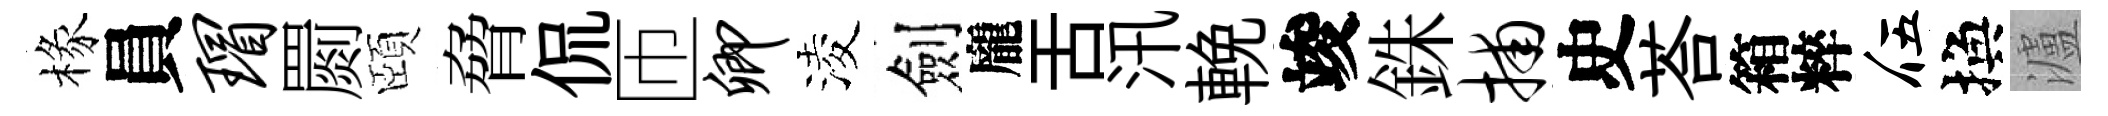
椽員瑁罽頤脅侃匝卿淩劍龐舌汛輓竣銖捕史荅箱粹伍換瀘